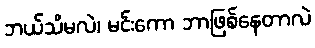
ဘယ်သိမလဲ၊ မင်းကော ဘာဖြစ်နေတာလဲ